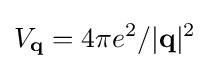
V_{\mathbf {q} }=4\pi e^{2}/|\mathbf {q} |^{2}